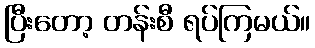
ပြီးတော့ တန်းစီ ရပ်ကြမယ်။